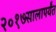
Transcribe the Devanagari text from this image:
२०१७सालापर्यंत